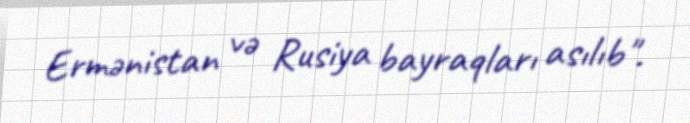
Ermənistan və Rusiya bayraqları asılıb".